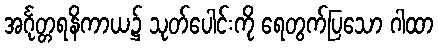
အင်္ဂုတ္တရနိကာယ၌ သုတ်ပေါင်းကို ရေတွက်ပြသော ဂါထာ